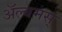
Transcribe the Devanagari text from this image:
अॅल्बमस्